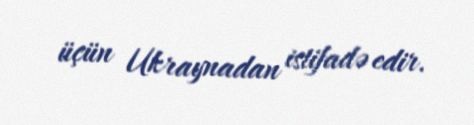
üçün Ukraynadan istifadə edir.